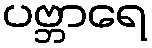
ပဗ္ဘာရေ